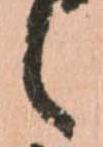
候